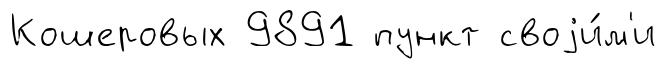
Кошеровых 9891 пункт своjи́м'и